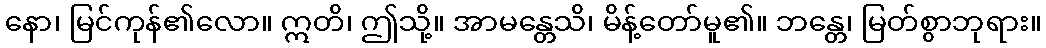
နော၊ မြင်ကုန်၏လော။ ဣတိ၊ ဤသို့။ အာမန္တေသိ၊ မိန့်တော်မူ၏။ ဘန္တေ၊ မြတ်စွာဘုရား။